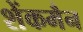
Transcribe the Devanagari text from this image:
शेंकमैन